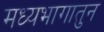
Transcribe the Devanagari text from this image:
मध्यभागातुन